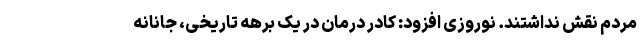
مردم نقش نداشتند. نوروزی افزود: کادر درمان در یک برهه تاریخی، جانانه